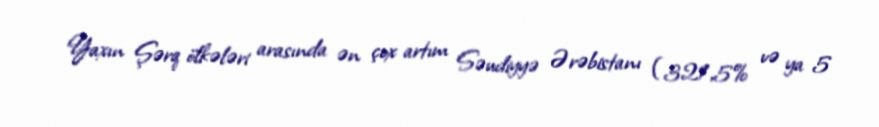
Yaxın Şərq ölkələri arasında ən çox artım Səudiyyə Ərəbistanı (321,5% və ya 5